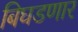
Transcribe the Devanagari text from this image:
बिघडणार